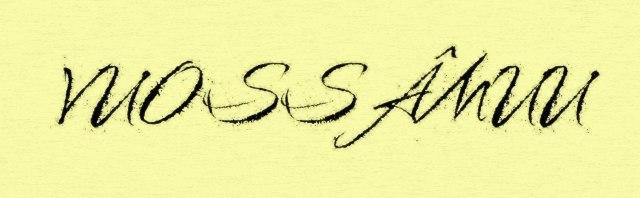
VUOSSÂMUU